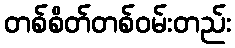
တစ်စိတ်တစ်ဝမ်းတည်း